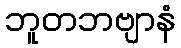
ဘူတဘဗျာနံ